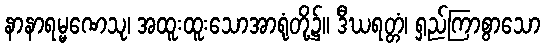
နာနာရမ္မဏေသု၊ အထူးထူးသောအာရုံတို့၌။ ဒီဃရတ္တံ၊ ရှည်ကြာစွာသော